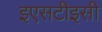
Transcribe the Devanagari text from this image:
इएसटीइसी